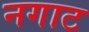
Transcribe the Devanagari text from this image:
नगाट